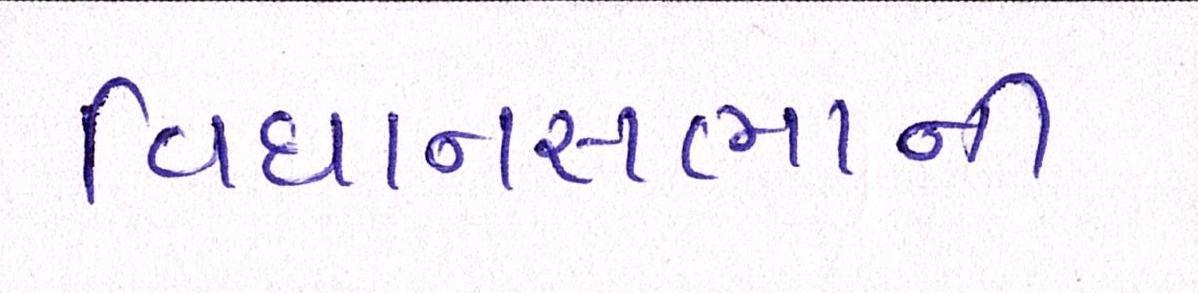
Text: વિધાનસભાની